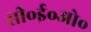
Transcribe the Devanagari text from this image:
सी॰ई॰ओ॰